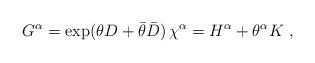
LaTeX: \begin{align*}G^\alpha=\exp(\theta D+\bar \theta \bar D)\,\chi^\alpha=H^\alpha+\theta^\alpha K\ ,\end{align*}